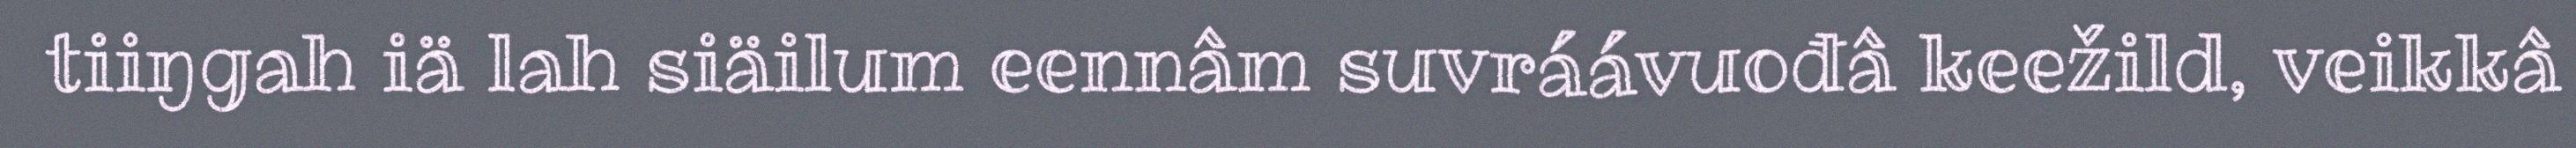
tiiŋgah iä lah siäilum eennâm suvráávuođâ keežild, veikkâ